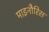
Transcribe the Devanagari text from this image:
माइनौरिस